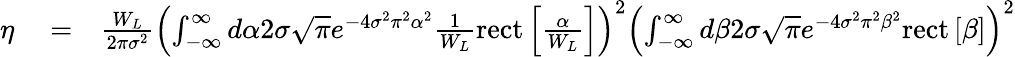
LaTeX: \begin{array}{rlr}{\eta}&{{}=}&{\frac{W_{L}}{2\pi\sigma^{2}}\left(\int_{-\infty}^{\infty}d\alpha 2\sigma\sqrt{\pi}e^{-4\sigma^{2}\pi^{2}\alpha^{2}}\frac{1}{W_{L}}\mathrm{rect}\left[\frac{\alpha}{W_{L}}\right]\right)^{2}\left(\int_{-\infty}^{\infty}d\beta 2\sigma\sqrt{\pi}e^{-4\sigma^{2}\pi^{2}\beta^{2}}\mathrm{rect}\left[\beta\right]\right)^{2}}\end{array}